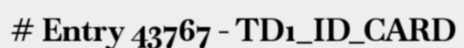
# Entry 43767 - TD1_ID_CARD